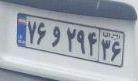
۷۶و۲۹۴۳۶